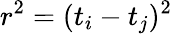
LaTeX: r^{2}=(t_{i}-t_{j})^{2}